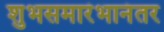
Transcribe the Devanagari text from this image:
शुभसमारंभानंतर